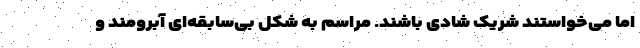
اما می‌خواستند شریک شادی باشند. مراسم به شکل بی‌سابقه‌ای آبرومند و